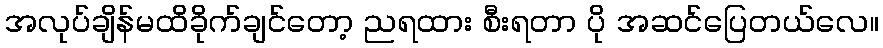
အလုပ်ချိန်မထိခိုက်ချင်တော့ ညရထား စီးရတာ ပို အဆင်ပြေတယ်လေ။